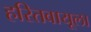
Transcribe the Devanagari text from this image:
हरितवायूला